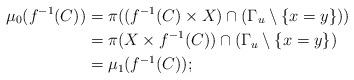
LaTeX: \begin{align*}\mu_0(f^{-1}(C))&= \pi((f^{-1}(C)\times X)\cap (\Gamma_{u}\setminus\{x=y\}))\\&= \pi ( X\times f^{-1}(C))\cap (\Gamma_{u} \setminus\{x=y\})\\&= \mu_1(f^{-1}(C));\end{align*}